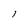
Character: 1